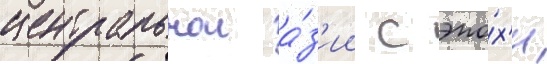
центральнои а́з'ии с эпо́х'и